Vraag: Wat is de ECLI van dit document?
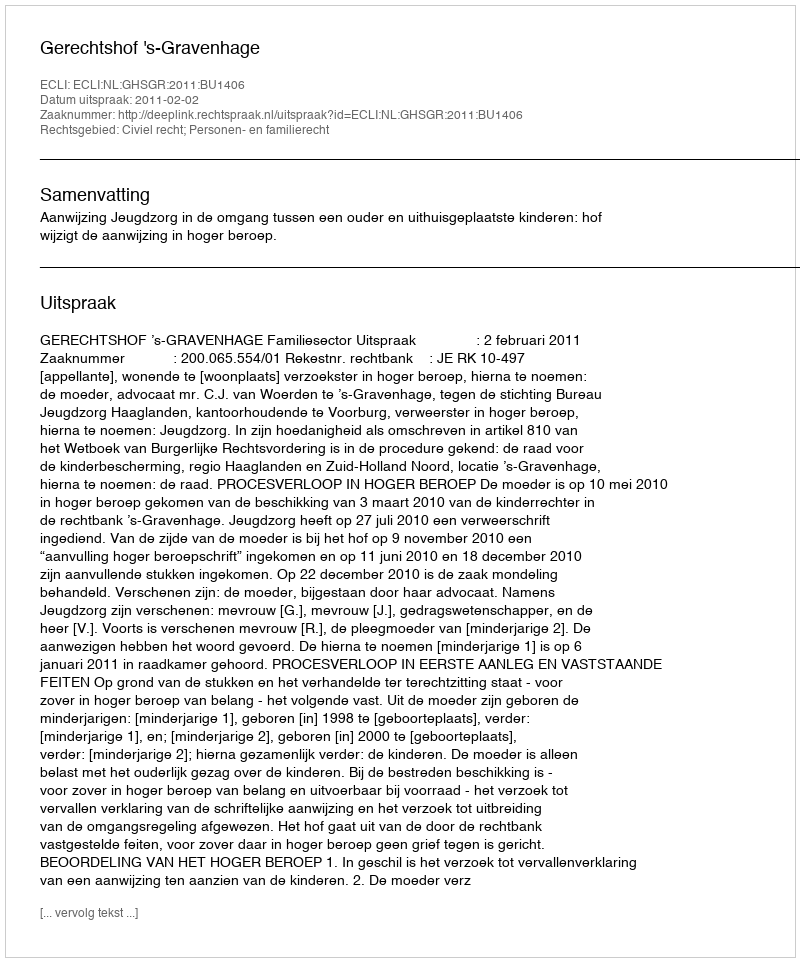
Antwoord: ECLI:NL:GHSGR:2011:BU1406